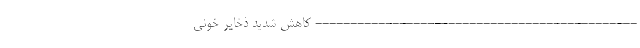
---------------------------------------------- کاهش شدید ذخایر خونی